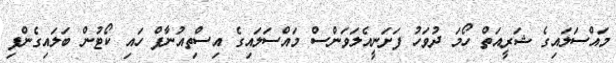
މައްސަލައިގެ ޝަރީއަތް ހޯމަ ދުވަހު ފަށަނީއެލަވަންސް މައްސަލައިގެ އިސްތިއުނާފް ހައި ކޯޓުން ބަލައިގެންފި